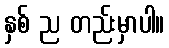
နှစ် ည တည်းမှာပါ။